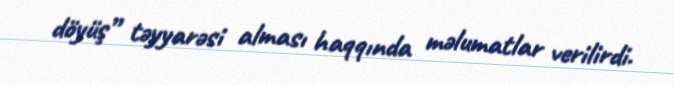
döyüş” təyyarəsi alması haqqında məlumatlar verilirdi.